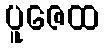
ပူဇေထ